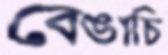
বেঙাচি